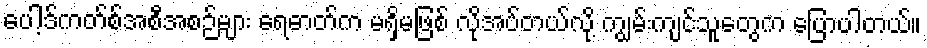
ပေါ့ဒ်ကတ်စ်အစီအစဉ်များ ရေဓာတ်က မရှိမဖြစ် လိုအပ်တယ်လို့ ကျွမ်းကျင်သူတွေက ပြောပါတယ်။